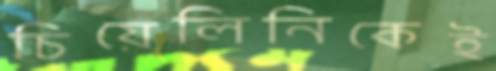
চিয়েলিনিকেই